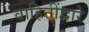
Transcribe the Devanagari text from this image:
वाहिनींद्वारे